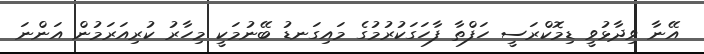
އޭނާ ވިދާޅުވީ ޑިމޮކްރަސީ ހަފްތާ ފާހަގަކުރުމުގެ މައިގަނޑު ބޭނުމަކީ މިހާރު ކުރިއަރަމުން އަންނަ